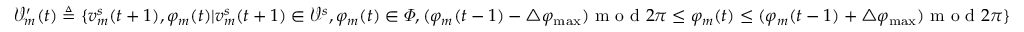
\mathcal { V } _ { m } ^ { \prime } ( t ) \triangleq \{ v _ { m } ^ { s } ( t + 1 ) , \varphi _ { m } ( t ) | v _ { m } ^ { s } ( t + 1 ) \in \mathcal { V } ^ { s } , \varphi _ { m } ( t ) \in \varPhi , ( \varphi _ { m } ( t - 1 ) - \triangle \varphi _ { \operatorname* { m a x } } ) \textrm { m o d } 2 \pi \leq \varphi _ { m } ( t ) \leq ( \varphi _ { m } ( t - 1 ) + \triangle \varphi _ { \operatorname* { m a x } } ) \textrm { m o d } 2 \pi \}